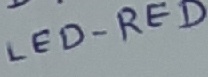
Text: LED-RED